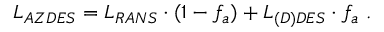
L _ { A Z D E S } = L _ { R A N S } \cdot ( 1 - f _ { a } ) + L _ { ( D ) D E S } \cdot f _ { a } \mathrm { ~ . ~ }